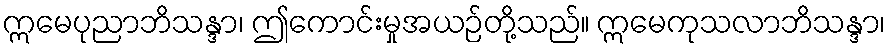
ဣမေပုညာဘိသန္ဒာ၊ ဤကောင်းမှုအယဉ်တို့သည်။ ဣမေကုသလာဘိသန္ဒာ၊